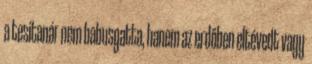
a tesitanár nem babusgatta, hanem az erdőben eltévedt vagy